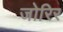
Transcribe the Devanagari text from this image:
जोरिर